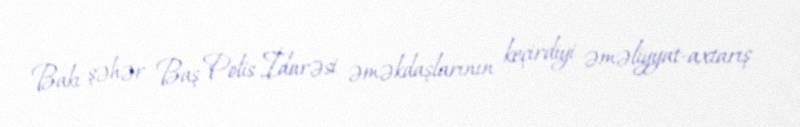
Bakı şəhər Baş Polis İdarəsi əməkdaşlarının keçirdiyi əməliyyat-axtarış